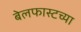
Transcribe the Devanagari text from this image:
बेलफास्टच्या